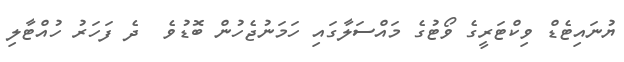
ޔުނައިޓެޑް ވިކްޓަރީގެ ވޯޓުގެ މައްސަލާގައި ހަމަނުޖެހުން ބޮޑުވެ  ދެ ފަހަރު ހުއްޓާލި